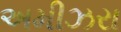
અમીઝરા